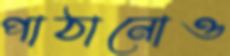
পাঠানোও